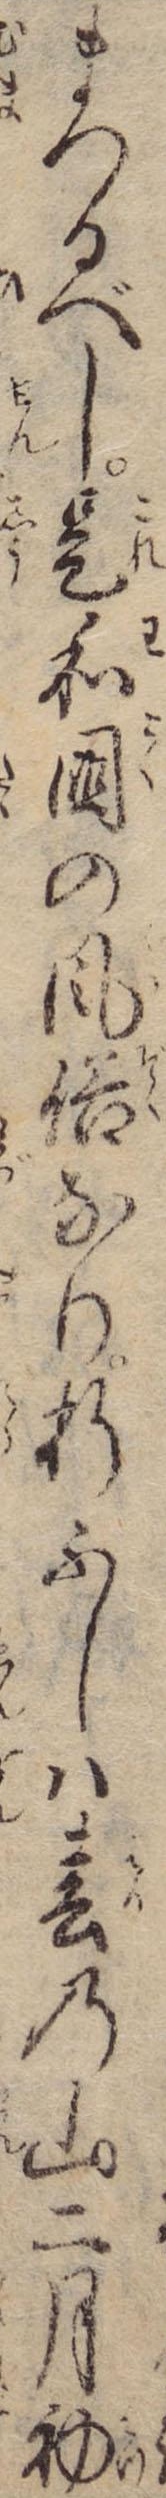
まつるべし是和国の風俗なり折ふしは春の山二月初